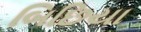
બિછિયા